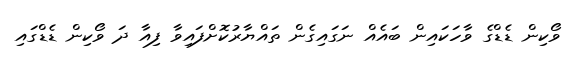
ވޯކިން ޑެޑްގެ ވާހަކައިން ބައެއް ނަގައިގެން ތައްޔާރުކޮށްފައިވާ ފިއާ ދަ ވޯކިން ޑެޑްގައި